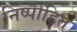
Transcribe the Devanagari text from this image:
निष्पीड़ित